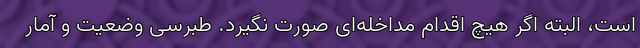
است، البته اگر هیچ اقدام مداخله‌ای صورت نگیرد. طبرسی وضعیت و آمار